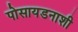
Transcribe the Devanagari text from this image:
पोसायडनाशी